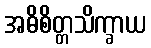
အဓိစိတ္တသိက္ခာယ